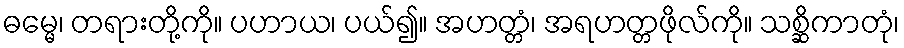
ဓမ္မေ၊ တရားတို့ကို။ ပဟာယ၊ ပယ်၍။ အဟတ္တံ၊ အရဟတ္တဖိုလ်ကို။ သစ္ဆိကာတုံ၊